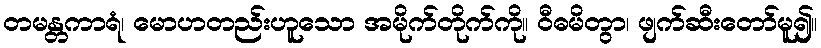
တမန္တကာရံ၊ မောဟတည်းဟူသော အမိုက်တိုက်ကို။ ဝီဓမိတွာ၊ ဖျက်ဆီးတော်မူ၍။